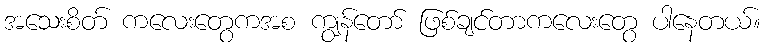
အသေးစိတ် ကလေးတွေကအစ ကျွန်တော် ဖြစ်ချင်တာကလေးတွေ ပါနေတယ်။